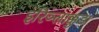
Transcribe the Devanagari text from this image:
इरिञ्लाक्कुडा